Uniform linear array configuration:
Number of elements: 16
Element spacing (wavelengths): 0.75
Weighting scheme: exponential
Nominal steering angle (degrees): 30
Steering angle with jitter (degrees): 29.609
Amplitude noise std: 0.05
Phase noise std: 0.05

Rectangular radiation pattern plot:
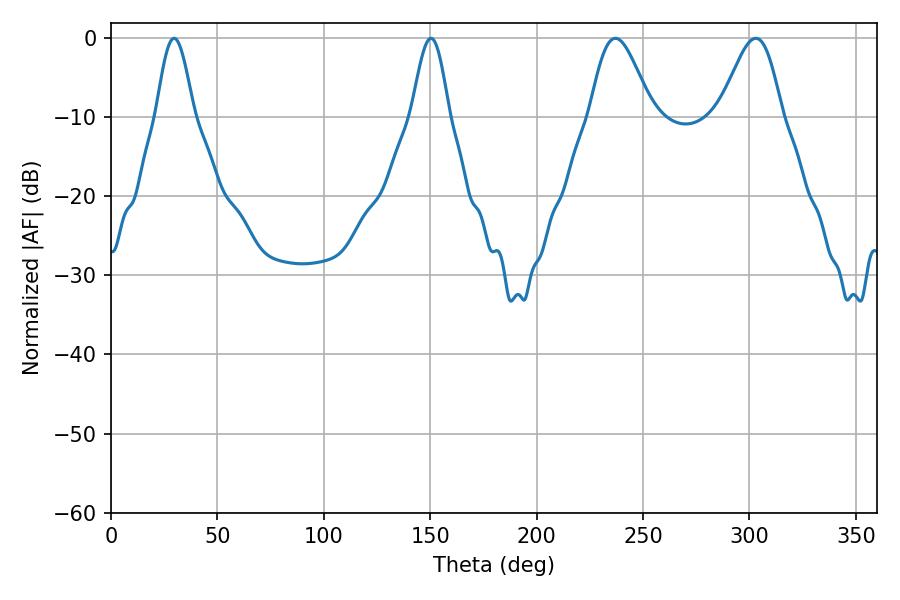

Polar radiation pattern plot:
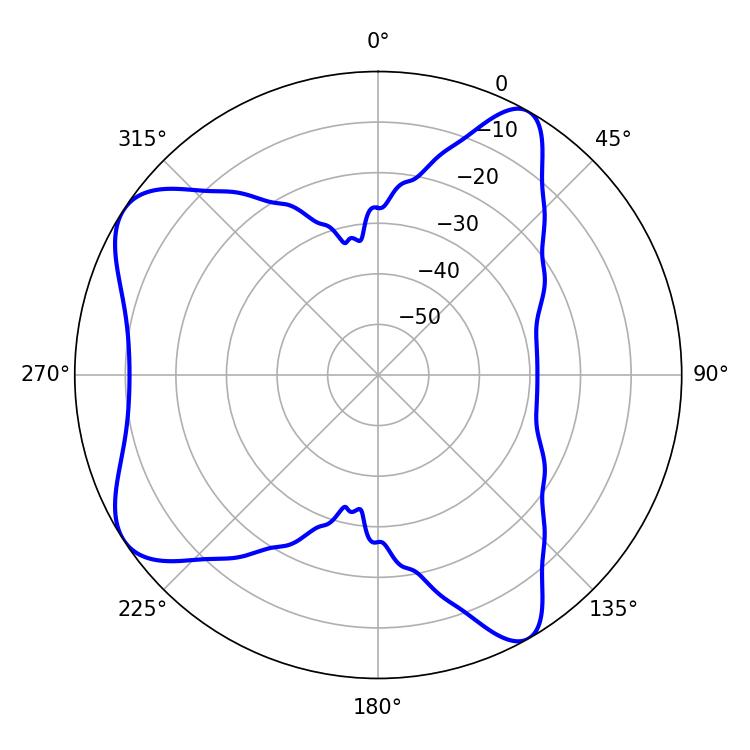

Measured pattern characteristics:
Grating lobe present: TRUE
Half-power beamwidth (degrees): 15.48
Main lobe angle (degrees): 237.06